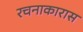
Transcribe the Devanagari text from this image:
रचनाकारास